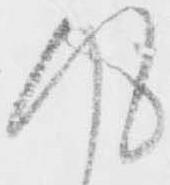
得